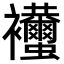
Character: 𧟚